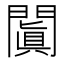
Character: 闐